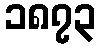
၁၈၇၃